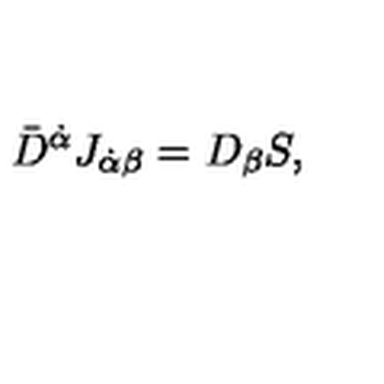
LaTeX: \bar { D } ^ { \dot { \alpha } } J _ { \dot { \alpha } \beta } = D _ { \beta } S ,